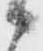
々